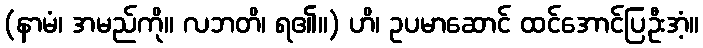
(နာမံ၊ အမည်ကို။ လဘတိ၊ ရ၏။) ဟိ၊ ဥပမာဆောင် ထင်အောင်ပြဦးအံ့။